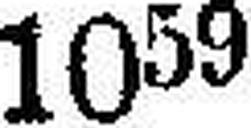
1059